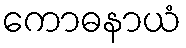
ကောဓနာယံ